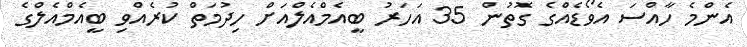
އެންމެ ހާއްސަ އެވޯޑެއްގެ ގޮތުން 35 އަހަރު ބީއެމްއެލްއަށް ހިދުމަތް ކުރެއްވި ބީއެމްއެލްގެ